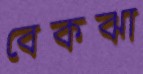
বেকঝা